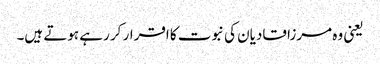
یعنی وہ مرزا قادیان کی نبوت کا اقرار کر رہے ہوتے ہیں۔